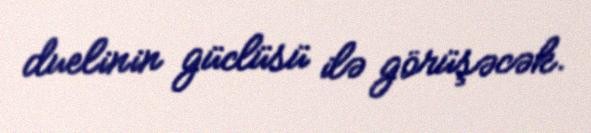
duelinin güclüsü ilə görüşəcək.